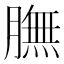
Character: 膴